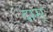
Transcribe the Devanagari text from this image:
दाम्